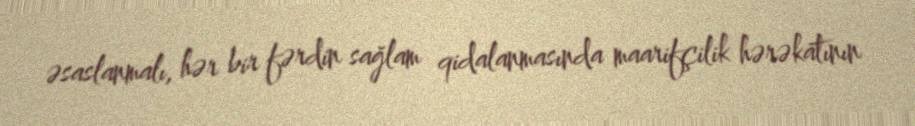
əsaslanmalı, hər bir fərdin sağlam qidalanmasında maarifçilik hərəkatının